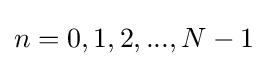
n=0,1,2,...,N-1